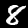
Label: 8